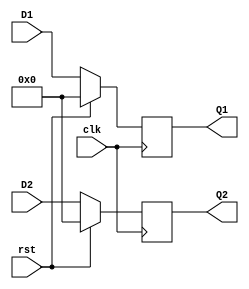
/*************************
    8 Bit twin Register
*************************/

module Reg_set(Q1,Q2,clk,rst,D1,D2);
input clk,rst;
input [7:0]D1,D2;
output reg [7:0]Q1,Q2;

always @(posedge clk) begin
    if(rst)
        begin
            Q1<=0;
            Q2<=0; 
        end
    else 
        begin 
            Q1<=D1;
            Q2<=D2;
        end
end

endmodule